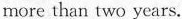
more than two years.